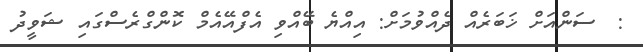
:  ސަންއަށް ޚަބަރެއް ދެއްވުމަށް: އިއްޔެ ބޭއްވި އެފްއޭއެމް ކޮންގްރެސްގައި ޝަވީދު